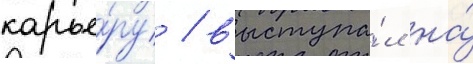
карье́ру / выступа́л на́